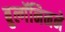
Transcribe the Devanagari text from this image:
बुल्गॅनिनने